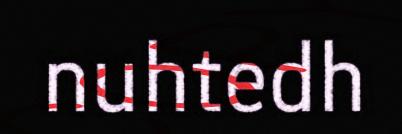
nuhtedh